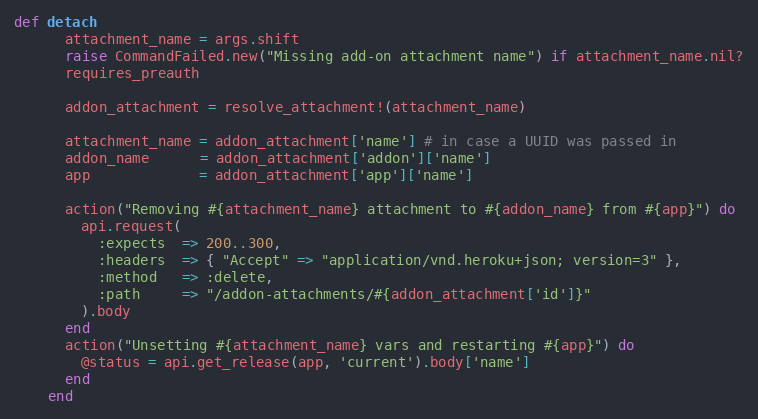
Language: Ruby
def detach
      attachment_name = args.shift
      raise CommandFailed.new("Missing add-on attachment name") if attachment_name.nil?
      requires_preauth

      addon_attachment = resolve_attachment!(attachment_name)

      attachment_name = addon_attachment['name'] # in case a UUID was passed in
      addon_name      = addon_attachment['addon']['name']
      app             = addon_attachment['app']['name']

      action("Removing #{attachment_name} attachment to #{addon_name} from #{app}") do
        api.request(
          :expects  => 200..300,
          :headers  => { "Accept" => "application/vnd.heroku+json; version=3" },
          :method   => :delete,
          :path     => "/addon-attachments/#{addon_attachment['id']}"
        ).body
      end
      action("Unsetting #{attachment_name} vars and restarting #{app}") do
        @status = api.get_release(app, 'current').body['name']
      end
    end